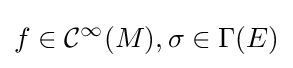
f\in {\mathcal {C}}^{\infty }(M),\sigma \in \Gamma (E)